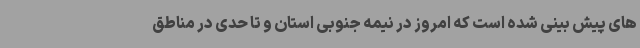
های پیش بینی شده است که امروز در نیمه جنوبی استان و تا حدی در مناطق